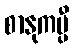
စာနုကမ္ပီ